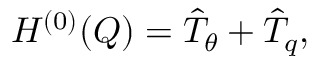
H ^ { ( 0 ) } ( Q ) = \hat { T } _ { \theta } + \hat { T } _ { q } ,